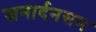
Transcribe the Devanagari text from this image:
जनार्दनसम